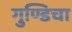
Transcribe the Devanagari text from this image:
गुण्डिचा